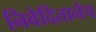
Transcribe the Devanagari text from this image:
निवेदितानेच